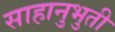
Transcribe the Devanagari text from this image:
साहानुभुती